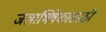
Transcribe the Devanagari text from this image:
जलाभिषेकासाठी